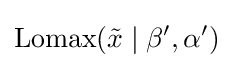
\operatorname {Lomax} ({\tilde {x}}\mid \beta ',\alpha ')